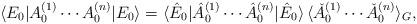
LaTeX: \begin{align*}\langle E_0 | A_0^{(1)} \cdots A_0^{(n)} | E_0 \rangle =\langle \hat E_0 | \hat A_0^{(1)} \cdots \hat A_0^{(n)} | \hat E_0 \rangle\, \langle \check A_0^{(1)} \cdots \check A_0^{(n)} \rangle_G,\end{align*}